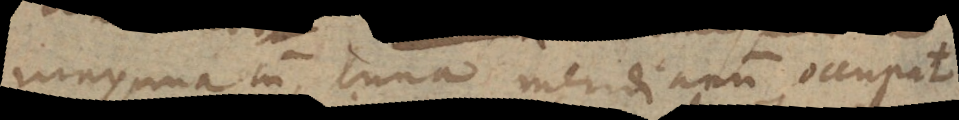
maxima cum luna meridianum occupat